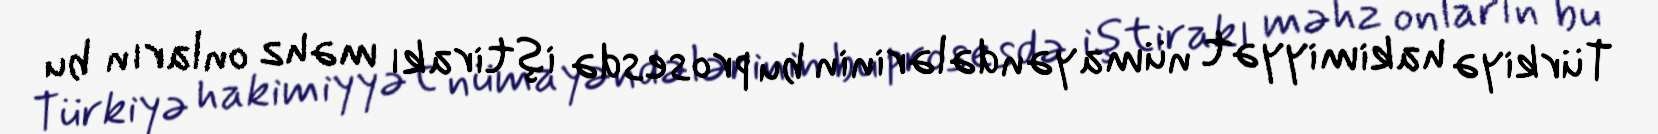
Türkiyə hakimiyyət nümayəndələrinin bu prosesdə iştirakı məhz onların bu